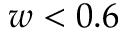
w < 0 . 6